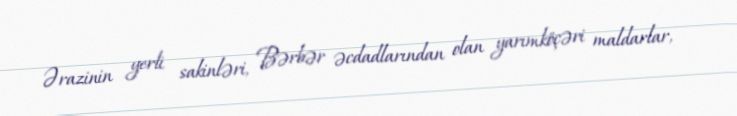
Ərazinin yerli sakinləri, Bərbər əcdadlarından olan yarımköçəri maldarlar,